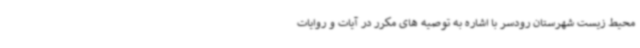
محیط زیست شهرستان رودسر با اشاره به توصیه های مکرر در آیات و روایات